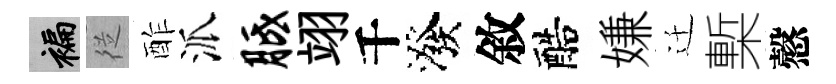
褊従酢派胝翊千潑敘醅嫌迁槧慤